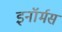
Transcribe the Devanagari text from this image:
इनॉर्मस